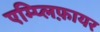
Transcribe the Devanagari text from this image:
एम्प्लिफ़ायर